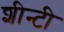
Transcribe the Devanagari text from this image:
शीन्टी